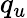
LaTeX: q_{u}